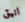
انيق